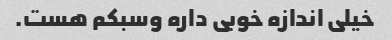
خیلی اندازه خوبی داره وسبکم هست.